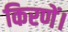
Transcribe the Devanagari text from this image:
किरणें।